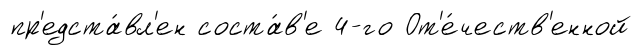
пр'едста́вл'ен соста́в'е 4-го От'е́честв'енной